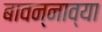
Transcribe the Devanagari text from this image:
बावन्नाव्या